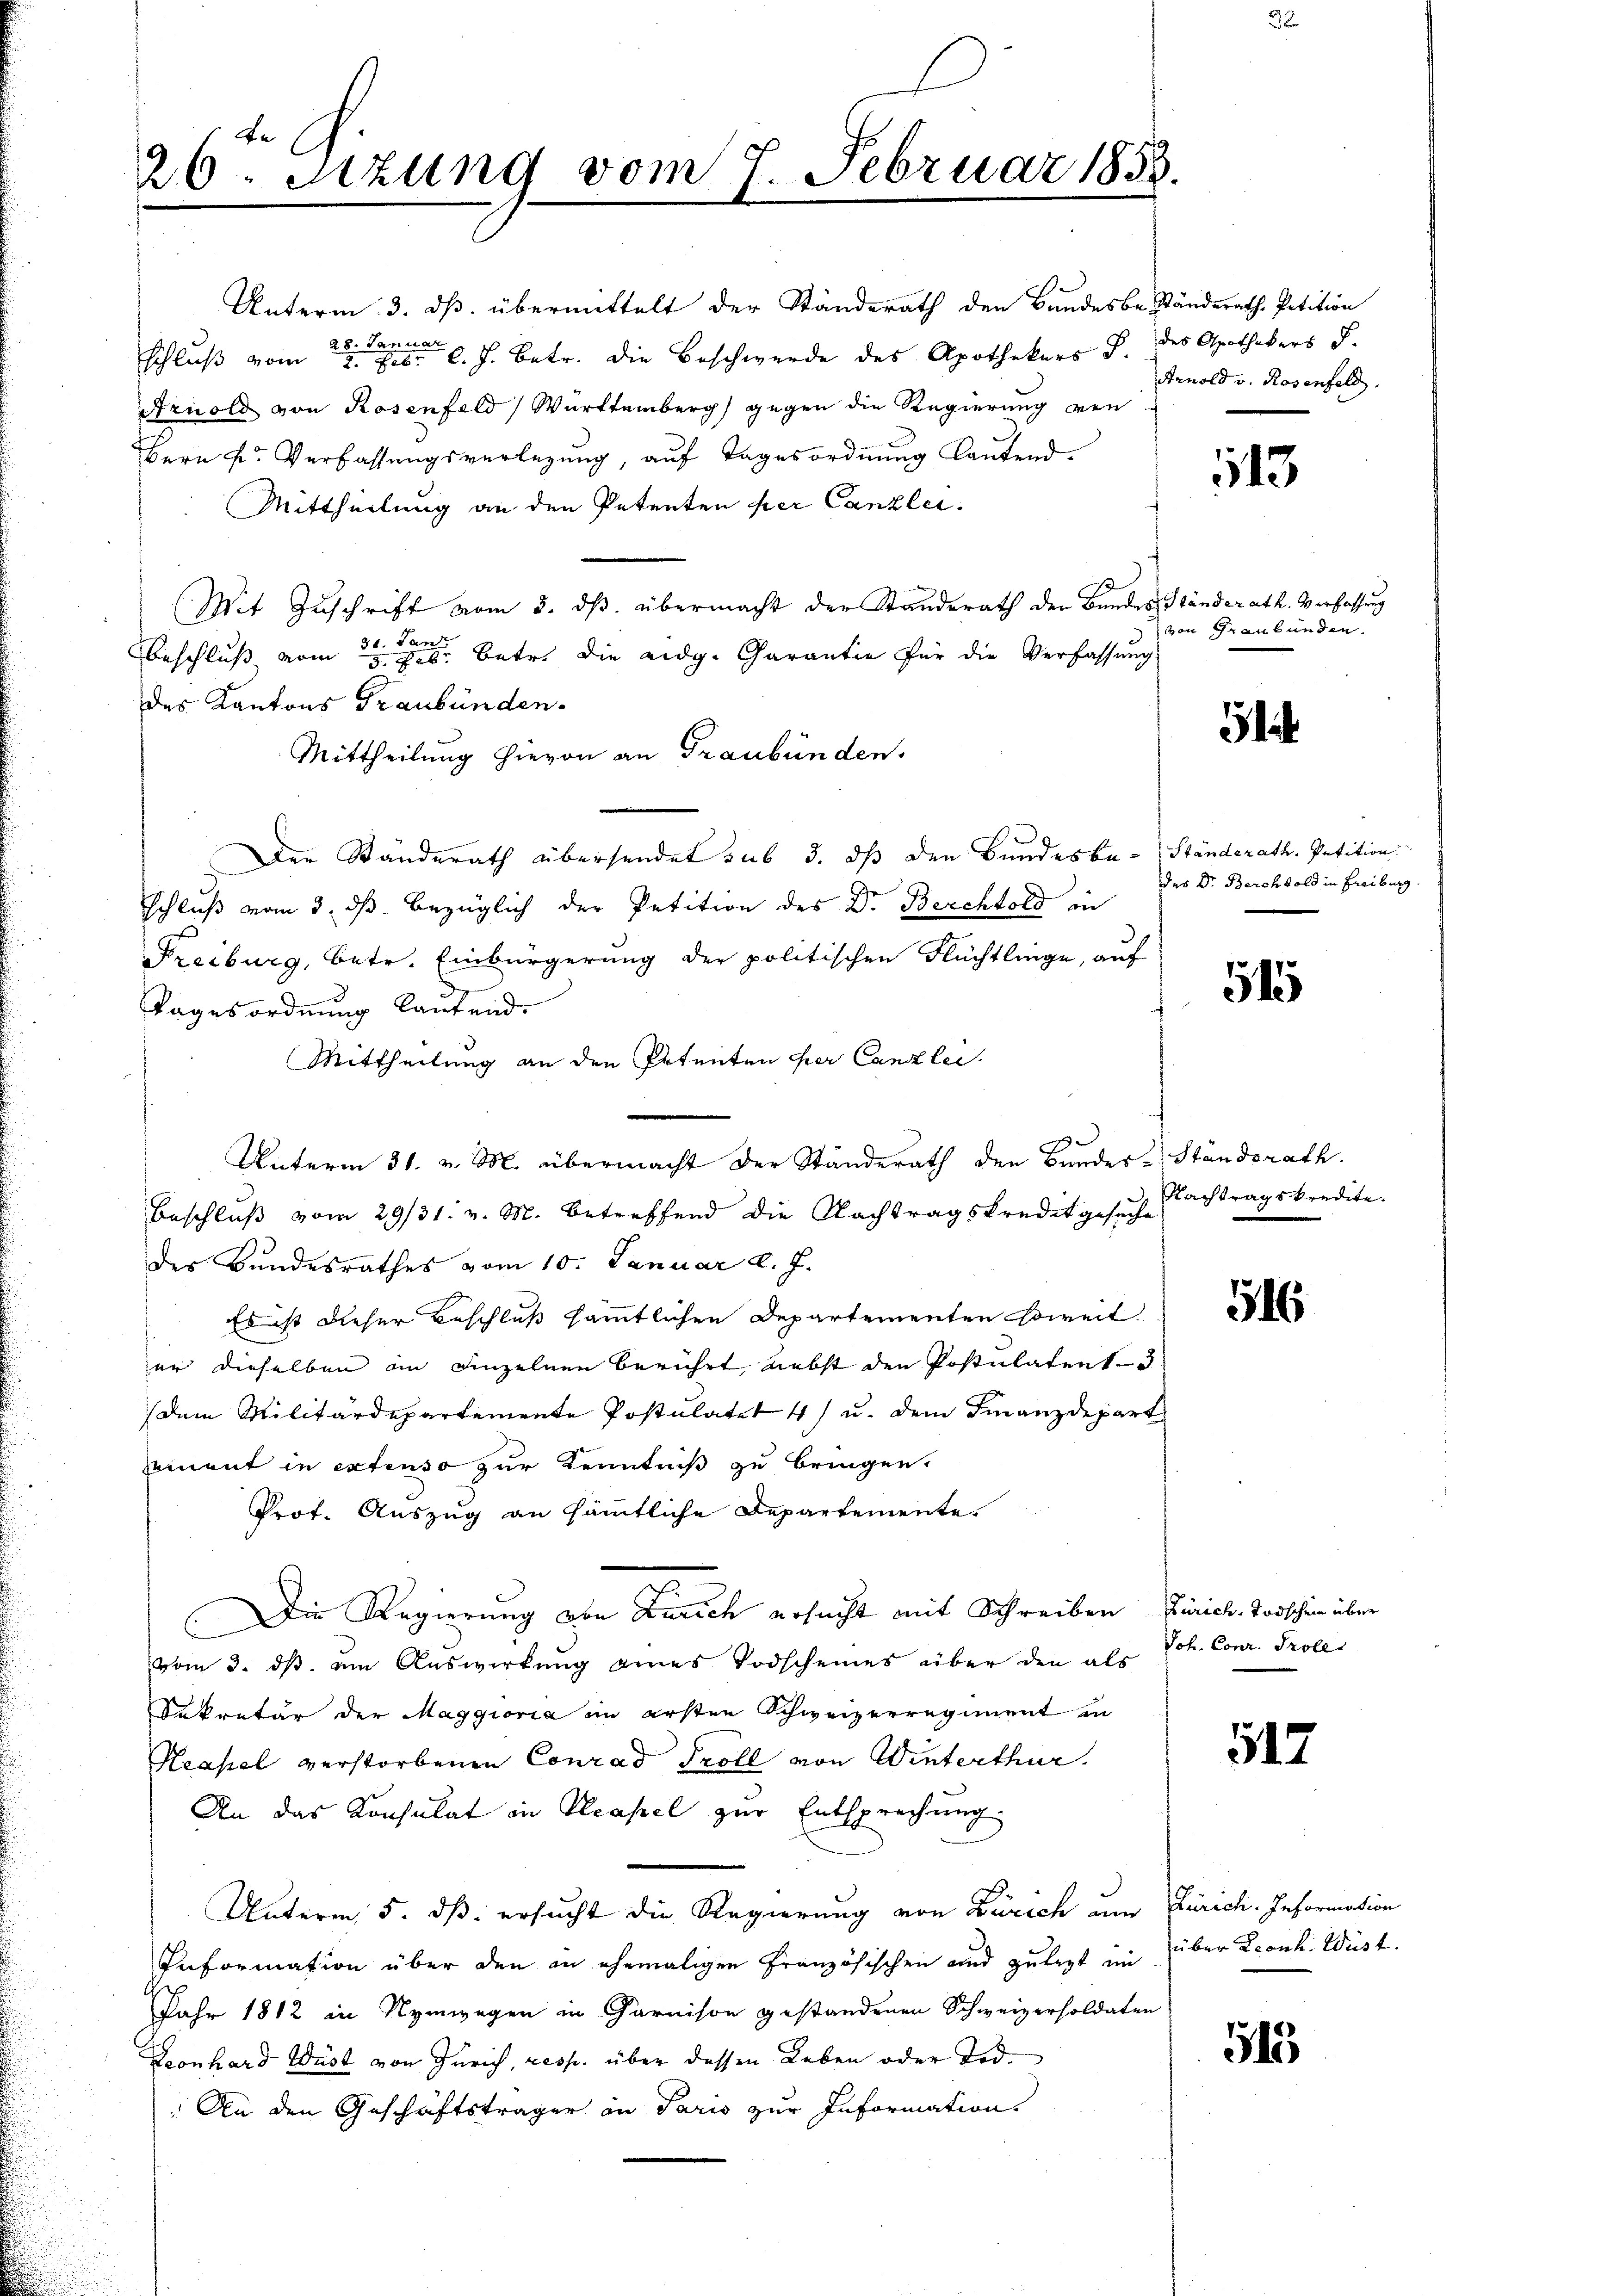
Unterm 3. ds. übermittelt der Standerath den Bandesbeständerath Petition
28. Januar
schluß vom 7. Jb. l. J. betr. die Beschwerde des Apothekers S.
Arnold von Rosenfeld, Württemberg gegen die Regierung von
Bern F. Verfassungsverlegung, auf Tagesordnung lautend.
Mittheilung an den Petenten per Canzlei.
Mit Zuschrift vom 3. ds. übermacht der Standerath den Bandes Ständerath. Verfassung
31. Jan
Beschluß vom 3. Febr. betr. die eidg. Garantie für die Verfassung
des Kantons Graubünden.
Mittheilung hievon an Graubünden.
Der Standerath übersendet sub 3. dß den Bundesbe-Ständerath. Petition
schluß vom 3. ds. bezüglich der Petition des Dr. Berchtold in
Freiburg, betr. Einbürgerung der politischen Flüchtlinge, auf
Tagesordnung laufend.
Mittheilung an den Petenten per Canzlei
Beschluß vom 29/31. v. M. betreffend die Nachtragskreditgesuche
des Bundesrathes vom 10. Januar d. J.
Es ist dieser Beschluß sämmtlichen Departementen weit.
er dieselben an einzelnen berührt nebst den Postulatent 3
dem Militärdepartemente Postulater 4) u. dem Finanzdepart
ement in extenso zur Kenntniß zu bringen.
Prof. Auszug an sämmtliche Departemente.
Die Regierung von Zürich ersucht mit Schreiben Zürich-Todschein über
vom 3. ds. um Auswirkung eines Todscheines über den als Joh. Conr. Trolli
Dekretär der Maggioria im ersten Schweizerregiment in
Keapel verstorbenen Conrad Troll von Winterthur.
An das Konsulat in Pleapel zur Entsprechung
Unterm 5. dß ersucht die Regierung von Zürich um Zürich. Information
Information über den in ehemaligen Französischen und zutagt im über Leonh. Wüst.
Jahr 1812 in Nymwegen in Garnison gestandenen Schweizerholdaten
Leonhard Wüst von Zürich, resp. über dessen Leben oder Tod.
 An den Geschäftsträger an Paris zur Information

26. Sitzung vom 7. Februar 1858.

Unterm 31. v. M. übermacht der Standerath den Bundes-Ständerath.

des Apothekers S.
Arnold v. Rosenfeld

13

von Graubünden.

.

des Dr. Berchtold in Freiburg

515

Nachtragskredite.

516

517

515